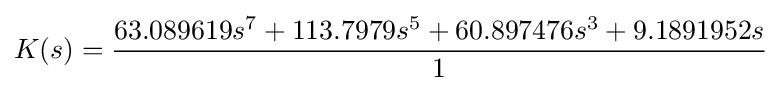
K(s)={\frac {63.089619s^{7}+113.7979s^{5}+60.897476s^{3}+9.1891952s}{1}}